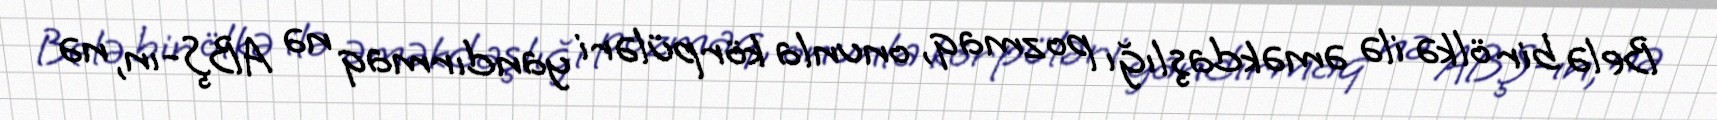
Belə bir ölkə ilə əməkdaşlığı pozmaq, onunla körpüləri yandırmaq nə ABŞ-ın, nə